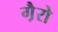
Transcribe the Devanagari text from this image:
गै़रो